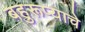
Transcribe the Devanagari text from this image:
बहुरूप्याचे